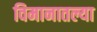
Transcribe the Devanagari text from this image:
विमानातल्या